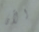
الآن